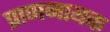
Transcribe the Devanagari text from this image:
प्राणनायक